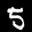
Label: 5